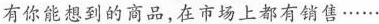
有你能想到的商品，在市场上都有销售……